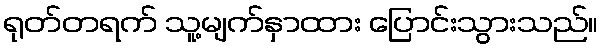
ရုတ်တရက် သူ့မျက်နှာထား ပြောင်းသွားသည်။